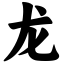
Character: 龙